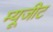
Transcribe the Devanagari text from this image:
म्यूजीट